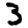
Digit: 3